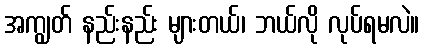
အကျွတ် နည်းနည်း များတယ်၊ ဘယ်လို လုပ်ရမလဲ။